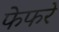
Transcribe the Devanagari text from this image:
फेफरे